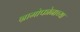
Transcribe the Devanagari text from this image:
ग्रामोफोनाच्या